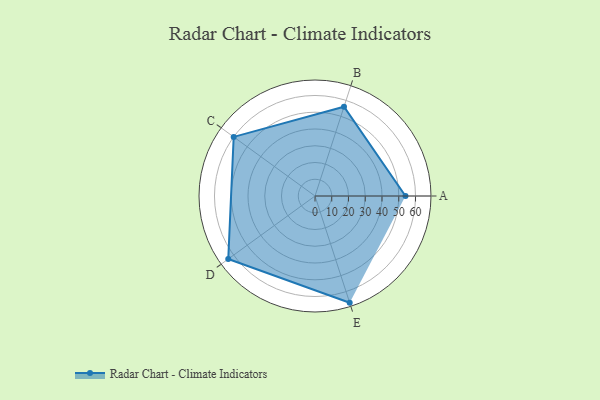
{"axis": {"x": "Skill", "y": "Score"}, "legend": ["Profile"], "data": [{"x": "A", "y": 54.0, "type": "Profile"}, {"x": "B", "y": 56.0, "type": "Profile"}, {"x": "C", "y": 60.0, "type": "Profile"}, {"x": "D", "y": 64.0, "type": "Profile"}, {"x": "E", "y": 67.0, "type": "Profile"}]}